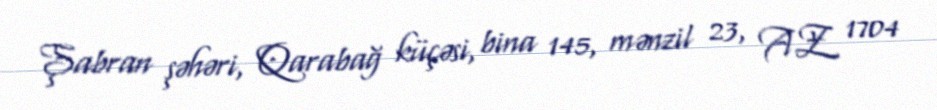
Şabran şəhəri, Qarabağ küçəsi, bina 145, mənzil 23, AZ 1704